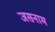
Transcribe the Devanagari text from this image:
जसनाम